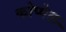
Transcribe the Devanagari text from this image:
कोप्पेल